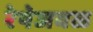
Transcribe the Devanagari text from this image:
रेषेजवळ